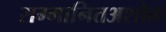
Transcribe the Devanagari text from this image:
सम्मानितअशोक